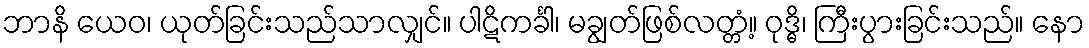
ဘာနိ ယေဝ၊ ယုတ်ခြင်းသည်သာလျှင်။ ပါဋိကင်္ခါ၊ မချွတ်ဖြစ်လတ္တံ့။ ဝုဒ္ဓိ၊ ကြီးပွားခြင်းသည်။ နော